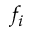
f _ { i }